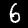
Label: 6